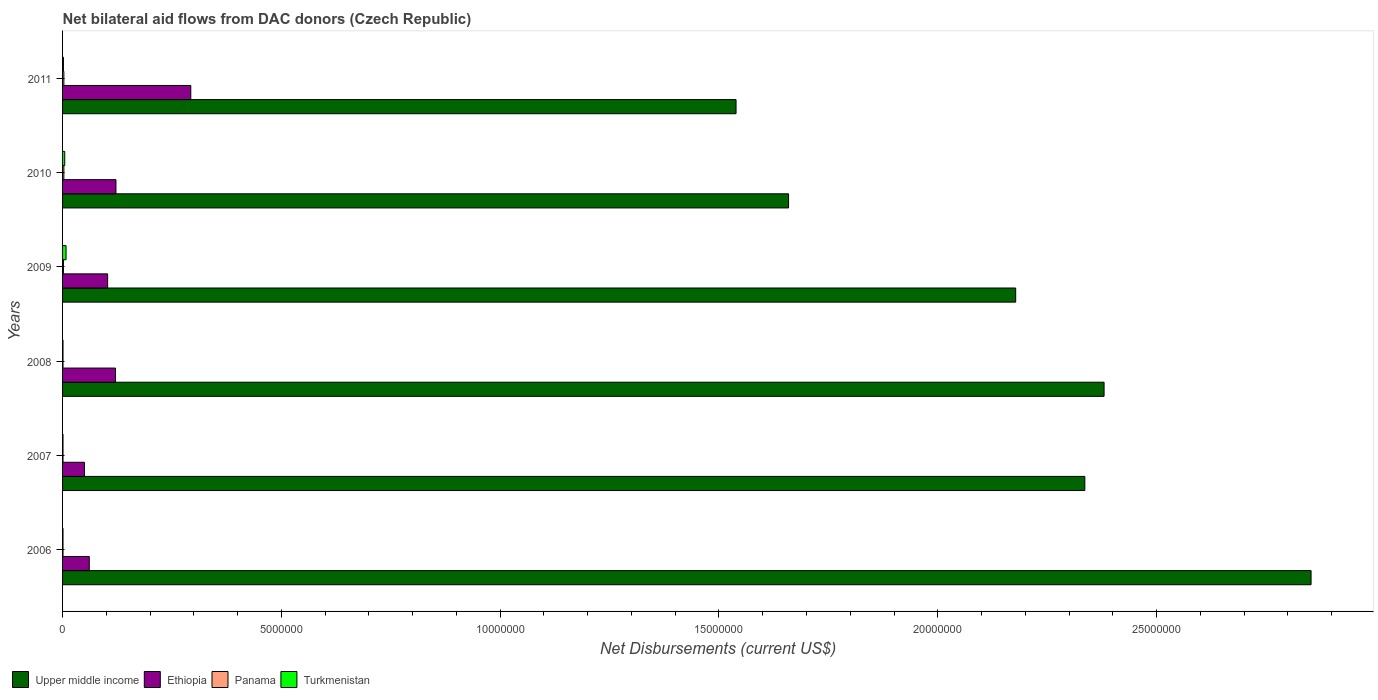
| Years | Upper middle income | Ethiopia | Panama | Turkmenistan |
 | --- | --- | --- | --- | --- |
 | 2006 | 2.85e+07 | 6.1e+05 | 1e+04 | 1e+04 |
 | 2007 | 2.34e+07 | 5e+05 | 1e+04 | 1e+04 |
 | 2008 | 2.38e+07 | 1.21e+06 | 1e+04 | 1e+04 |
 | 2009 | 2.18e+07 | 1.03e+06 | 2e+04 | 8e+04 |
 | 2010 | 1.66e+07 | 1.22e+06 | 3e+04 | 5e+04 |
 | 2011 | 1.54e+07 | 2.93e+06 | 3e+04 | 2e+04 |